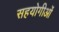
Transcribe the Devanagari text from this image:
सहयोगीओं